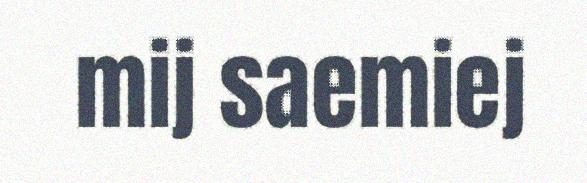
mij saemiej